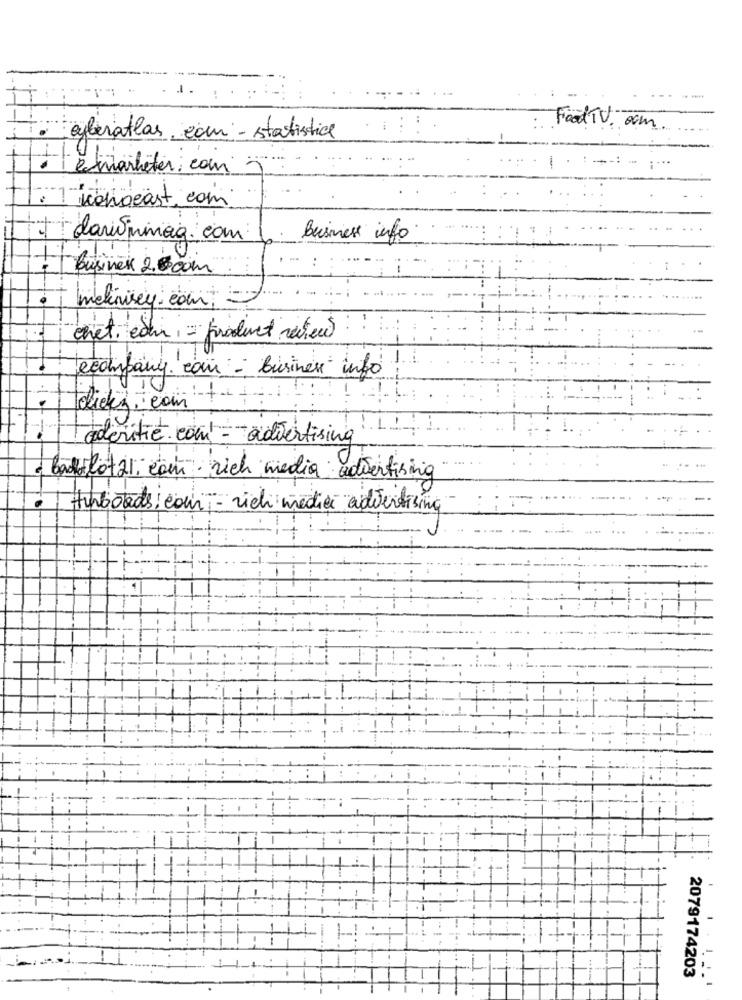
Food TV. com.
cyberatlas. com - statistice
emarketer. com
-
: sonocast.com
darwinmag.com
Buisness info
1
Businek 2.500m
mckinsey.com ;
chet, cour, = product reviews
ecompany. com - Business info
didez.com
nitie.com - advertising
· Backslöt 21, com- rich media advertising
Hurboards: cour- rich medier advertising
2079174203